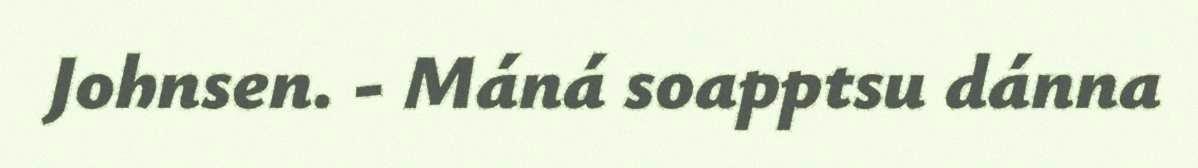
Johnsen. - Máná soapptsu dánna